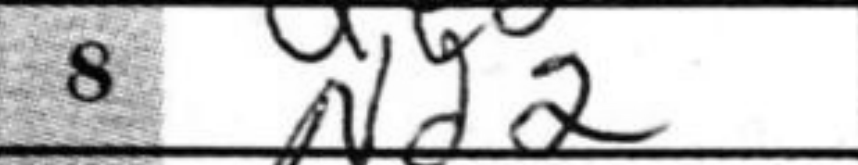
Transcription: Nd2